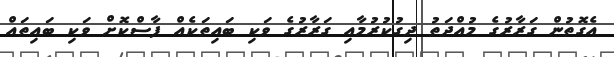
އެގޮތުން ގަރާރުގެ މުއްދަތު ދިގުކުރުމާއި ގަރާރުގެ ވަކި ބައިތަކެއް ފާސްކޮށް ވަކި ބައިތައް